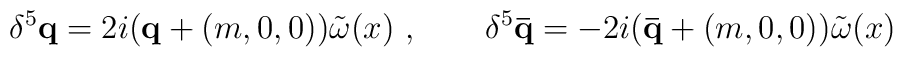
\delta^ 5 {\mathbf q} = 2 i ({\mathbf q} + (m,0,0))  \tilde \omega (x)\ ,\qquad \delta^ 5 {\mathbf {\bar q}} = - 2 i ({\mathbf {\bar q}}  + (m,0,0)) \tilde \omega(x)